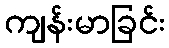
ကျန်းမာခြင်း